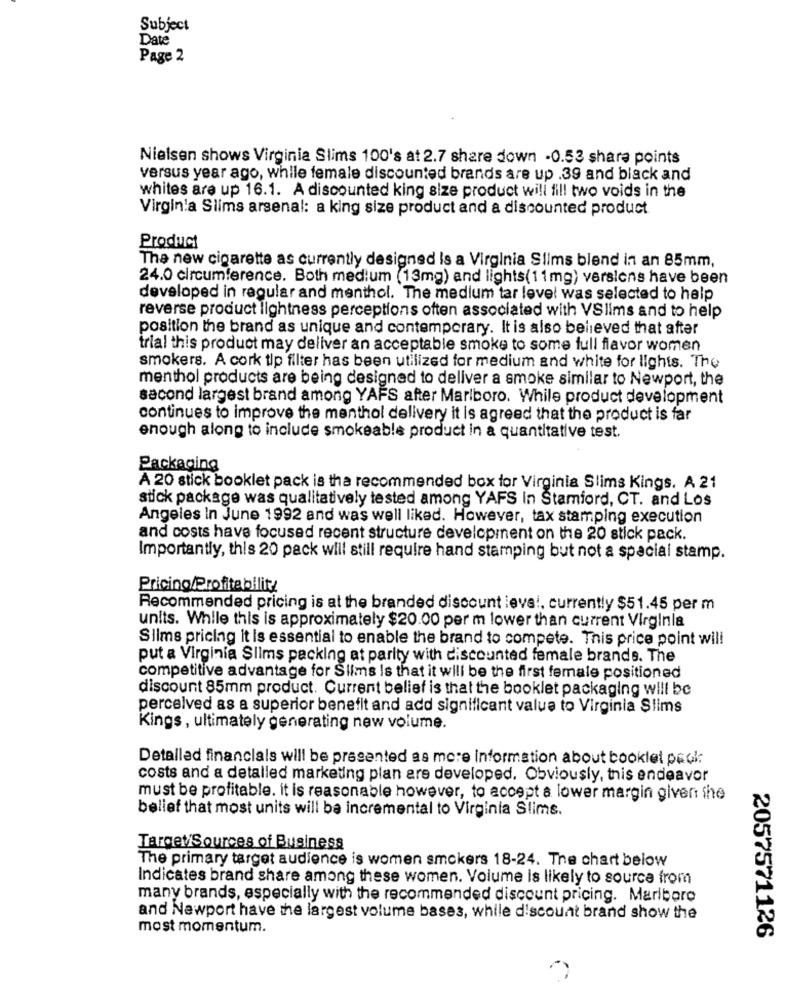
Subject
Date
Page 2
Nielsen shows Virginia Slims 100's at 2.7 share down -0.53 share points
versus year ago, while female discounted brands are up .39 and black and
whites are up 16.1. A discounted king size product will fill two voids in the
Virginia Slims arsenal: a king size product and a discounted product
Product
The new cigarette as currently designed Is a Virginia Slims blend in an 85mm,
24.0 circumference. Both medium (13mg) and lights(11mg) versions have been
developed in regular and menthol. The medium tar level was selected to help
reverse product lightness perceptions often associated with VSlims and to help
position the brand as unique and contemporary. It is also believed that after
trial this product may deliver an acceptable smoke to some full flavor women
smokers. A cork tip filter has been utilized for medium and white for lights. The
menthol products are being designed to deliver a smoke similar to Newport, the
second largest brand among YAFS after Marlboro. While product development
continues to improve the menthol delivery it is agreed that the product is far
enough along to include smokeable product in a quantitative test.
Packaging
A 20 stick booklet pack is tha recommended box for Virginia Slims Kings. A 21
stick package was qualitatively tested among YAFS In Stamford, CT. and Los
Angeles In June 1992 and was well liked. However, tax stamping execution
and costs have focused recent structure development on the 20 stick pack.
Importantly, this 20 pack will still require hand stamping but not a special stamp.
Pricing/Profitability!
Recommended pricing is at the branded discount leve !, currently $51.45 per m
units. While this is approximately $20.00 per m lower than current Virginla
Slims pricing it is essential to enable the brand to compete. This price point will
put a Virginia Slims packing at parity with discounted female brands. The
competitive advantage for Slims Is that it will be the first female positioned
discount 85mm product. Current belief is that the booklet packaging will be
perceived as a superior benefit and add significant value to Virginia Slims
Kings, ultimately generating new volume.
Detailed financials will be presented as more information about booklet peck
costs and a detalled marketing plan are developed. Obviously, this endeavor
must be profitable. it is reasonable however, to accept a lower margin given the
belief that most units will be incremental to Virginia Slims.
Target/Sources of Business
The primary target audience is women smokers 18-24. The chart below
Indicates brand share among these women. Volume is likely to source from
many brands, especially with the recommended discount pricing. Marlboro
and Newport have the largest volume bases, while discount brand show the
most momentum.
2057571126